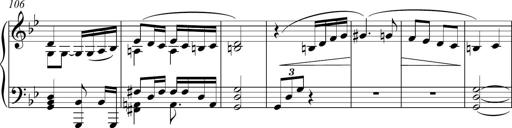
Title: Funeral March and Sonatina
Composer: Thomas Hellemans
Key: C-sharp minor